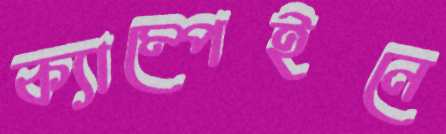
ক্যাম্পেইনে